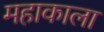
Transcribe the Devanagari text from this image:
महाकाला